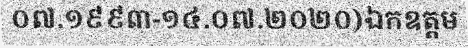
០៧.១៩៩៣-១៤.០៧.២០២០)ឯកឧត្តម